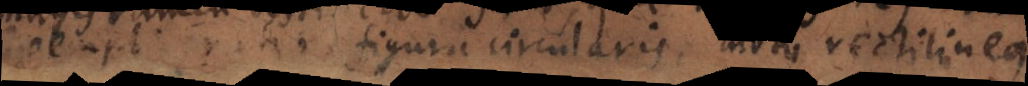
gratia figura circularis, motus rectilineu